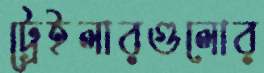
ট্রেইলারগুলোর